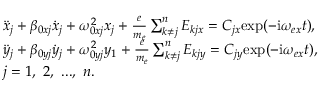
\centering \begin{array} { r l } & { \ddot { x } _ { j } + \beta _ { 0 x j } \dot { x } _ { j } + \omega _ { 0 x j } ^ { 2 } x _ { j } + \frac { e } { m _ { e } } \sum _ { k \neq j } ^ { n } E _ { k j x } = C _ { j x } \mathrm { e x p } ( - \mathrm { i } \omega _ { e x } t ) , } \\ & { \ddot { y } _ { j } + \beta _ { 0 y j } \dot { y } _ { j } + \omega _ { 0 y j } ^ { 2 } y _ { 1 } + \frac { e } { m _ { e } } \sum _ { k \neq j } ^ { n } E _ { k j y } = C _ { j y } \mathrm { e x p } ( - \mathrm { i } \omega _ { e x } t ) , } \\ & { j = 1 , ~ 2 , ~ . . . , ~ n . } \end{array}